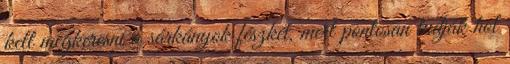
kell megkeresni a sárkányok fészkét, mert pontosan tudják hol